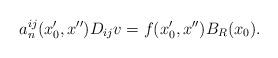
LaTeX: \begin{align*} a^{ij}_n(x_0',x'')D_{ij}v=f(x_0',x'')B_{R}(x_0).\end{align*}